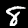
Digit: 8